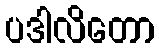
ပဒါလိတော